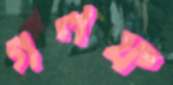
গলফ